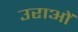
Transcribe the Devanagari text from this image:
उराओं